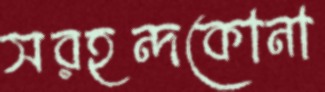
সরহন্দকোনা